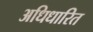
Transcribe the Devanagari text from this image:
अधिधारित